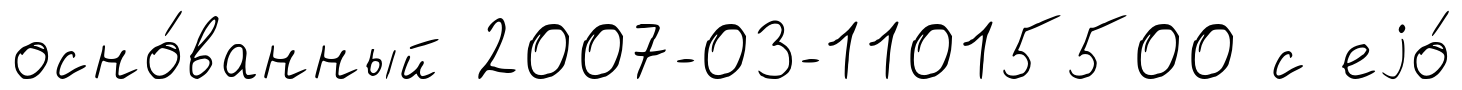
осно́ванный 2007-03-11015500 с еjо́